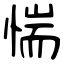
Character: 惴